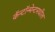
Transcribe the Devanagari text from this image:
कॅन्टॉन्मेन्टमधील